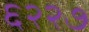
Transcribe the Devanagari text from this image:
६२२७